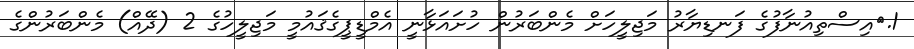
1.	އިސްތިއުނާފުގެ ފަނޑިޔާރު މަޖިލީހަށް މެންބަރުން ހުށައަޅާނީ އެމްޑީޕީގެޤައުމީ މަޖިލީހުގެ 2 (ދޭއް) މެންބަރުންގެ